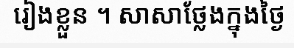
រៀងខ្លួន ។ សាសាថ្លែងក្នុងថ្ងៃ